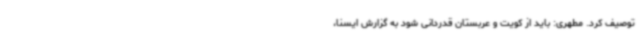
توصیف کرد. مطهری: باید از کویت و عربستان قدردانی شود به گزارش ایسنا،